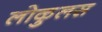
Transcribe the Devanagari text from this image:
लोकुलस